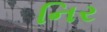
નિર